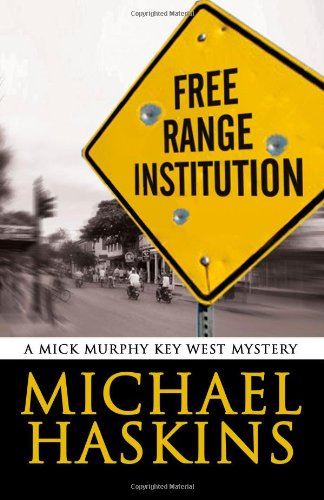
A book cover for Free Range Institution: A Mick Murphy Key West Mystery; Mr Michael Haskins; Computers & Technology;